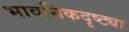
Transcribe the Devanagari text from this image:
भावनिकदृष्‍ट्या